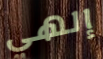
إلهي